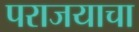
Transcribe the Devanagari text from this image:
पराजयाचा